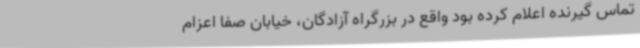
تماس گیرنده اعلام کرده بود واقع در بزرگراه آزادگان، خیابان صفا اعزام